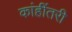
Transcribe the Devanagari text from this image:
कांहींतरी